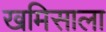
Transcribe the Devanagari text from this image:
खमिसाला